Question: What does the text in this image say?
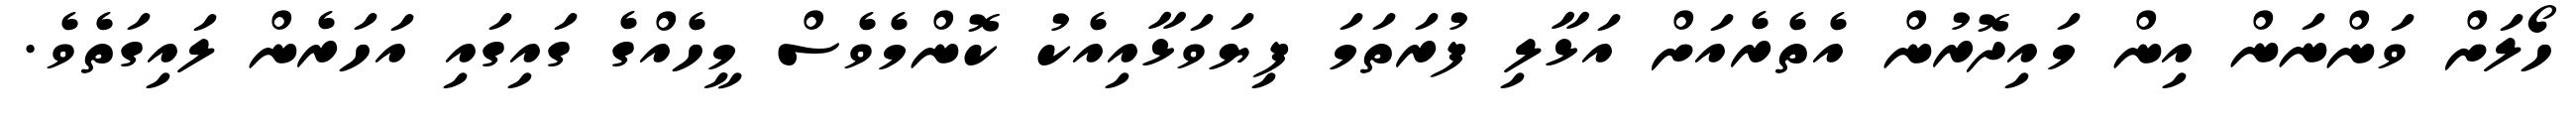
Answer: ހޯލަށް ވަންނަން އިން މައިދޮރުން އެތެރެއަށް އަޅާލި ފުރަތަމަ ފިޔަވަޅާއިއެކު ކޮންމެވެސް މީހެއްގެ ގައިގައި އަހަރެން ލައިގަތެވެ.